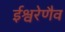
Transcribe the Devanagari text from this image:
ईश्वरेणैव